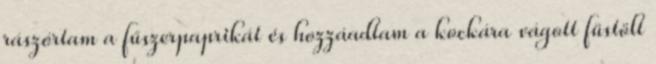
rászórtam a fűszerpaprikát és hozzáadtam a kockára vágott füstölt